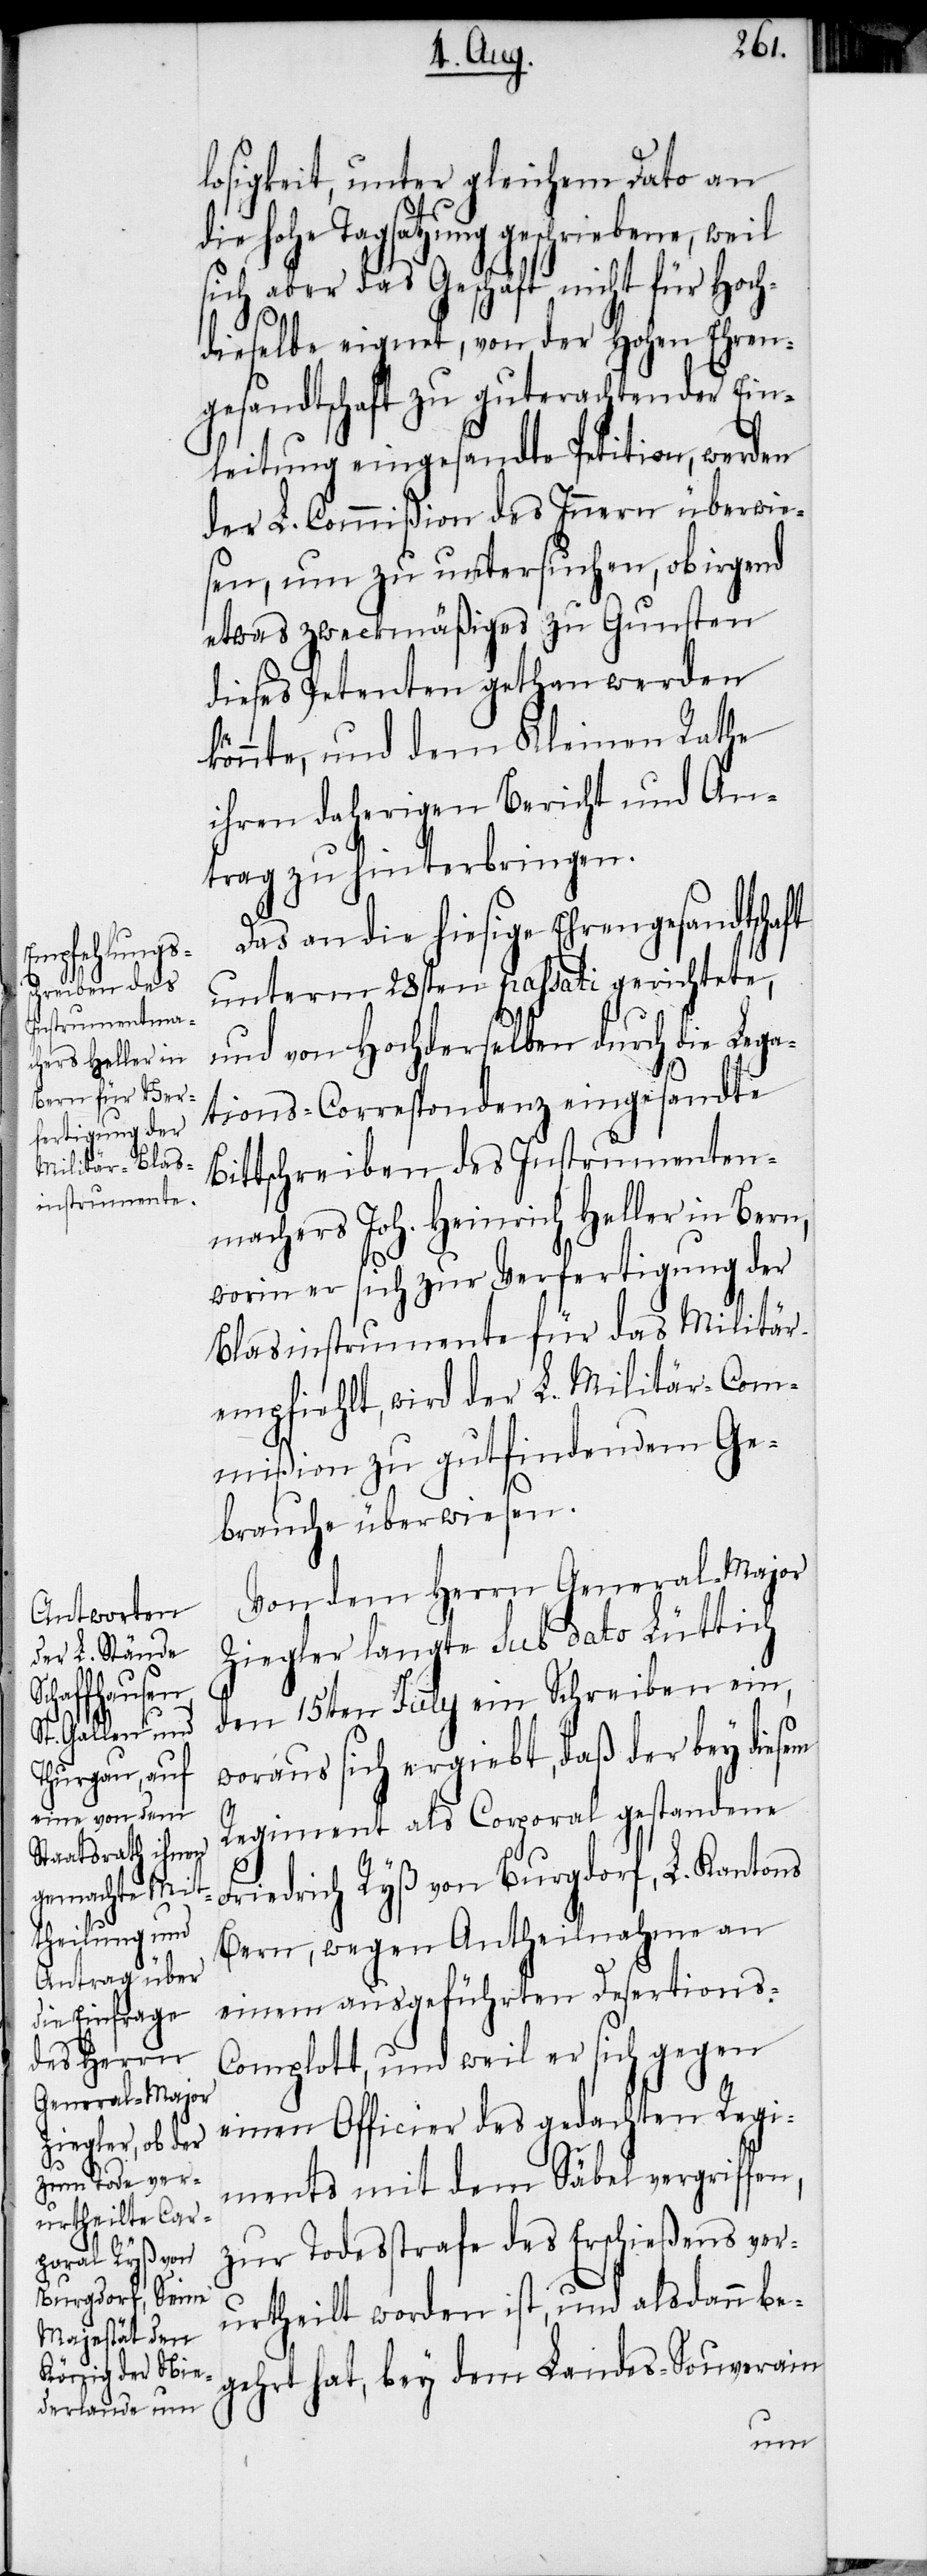
losigkeit, unter gleichem Dato an
die hohe Tagsatzung geschriebene, weil
sich aber das Geschäft nicht für Hoch¬
dieselbe eignet, von der Hohen Ehren¬
gesandtschaft zu guterachtender Ein¬
leitung eingesandte Petition, werden
der L. Commißion des Innern überwie¬
sen, um zu untersuchen, ob irgend
etwas zweckmäßiges zu Gunsten
dieses Petenten gethan werden
könnte, und dem Kleinen Rathe
ihren daherigen Bericht und An¬
trag zu hinterbringen.
Das an die hiesige Ehrengesandtschaft
unterm 28sten passati gerichtete,
und von Hochderselben durch die Lega¬
tions-Correspondenz eingesandte
Bittschreiben des Instrumenten¬
machers Joh. Heinrich Heller in Bern,
worin er sich zur Verfertigung der
Blasinstrumente für das Militär
empfiehlt, wird der L. Militär-Com¬
mißion zu gutfindendem Ge¬
brauche überwiesen.
Von dem Herrn General-Major
Ziegler langte sub dato Lüttich
den 15ten July ein Schreiben ein,
woraus sich ergiebt, daß der bey diesem
Regiment als Corporal gestandene
Friedrich Ryß von Burgdorf, L. Kantons
Bern, wegen Antheilnahme an
einem ausgeführten Desertions-C¬
omplott, und weil er sich gegen
einen Officier des gedachten Regi¬
ments mit dem Säbel vergriffen,
zur Todesstrafe des Erschießens ver¬
urtheilt worden ist, und alsdann be¬
gehrt hat, bey dem Landes-Souverain